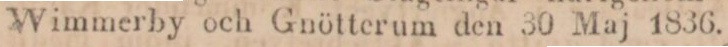
Wimmerby och Gnötterum den 30 Maj 1836.